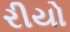
રીયો